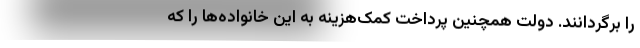
را برگردانند. دولت همچنین پرداخت کمک‌هزینه به این خانواده‌ها را که